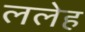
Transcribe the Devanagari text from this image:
ललेह